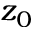
z _ { 0 }